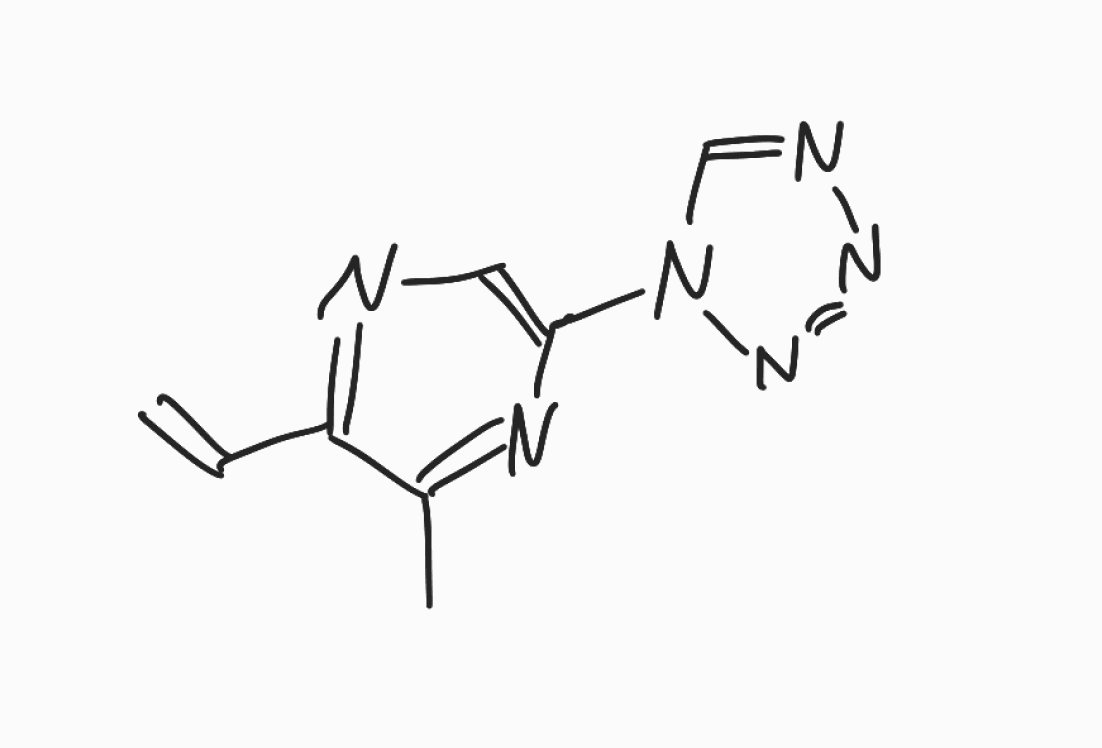
Simplified molecular-input line-entry system (SMILES) notation of the given molecule:
CC1=NC(=CN=C1C=C)N2C=NN=N2